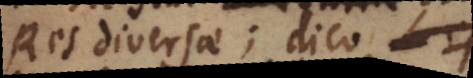
Res diversae; dico L